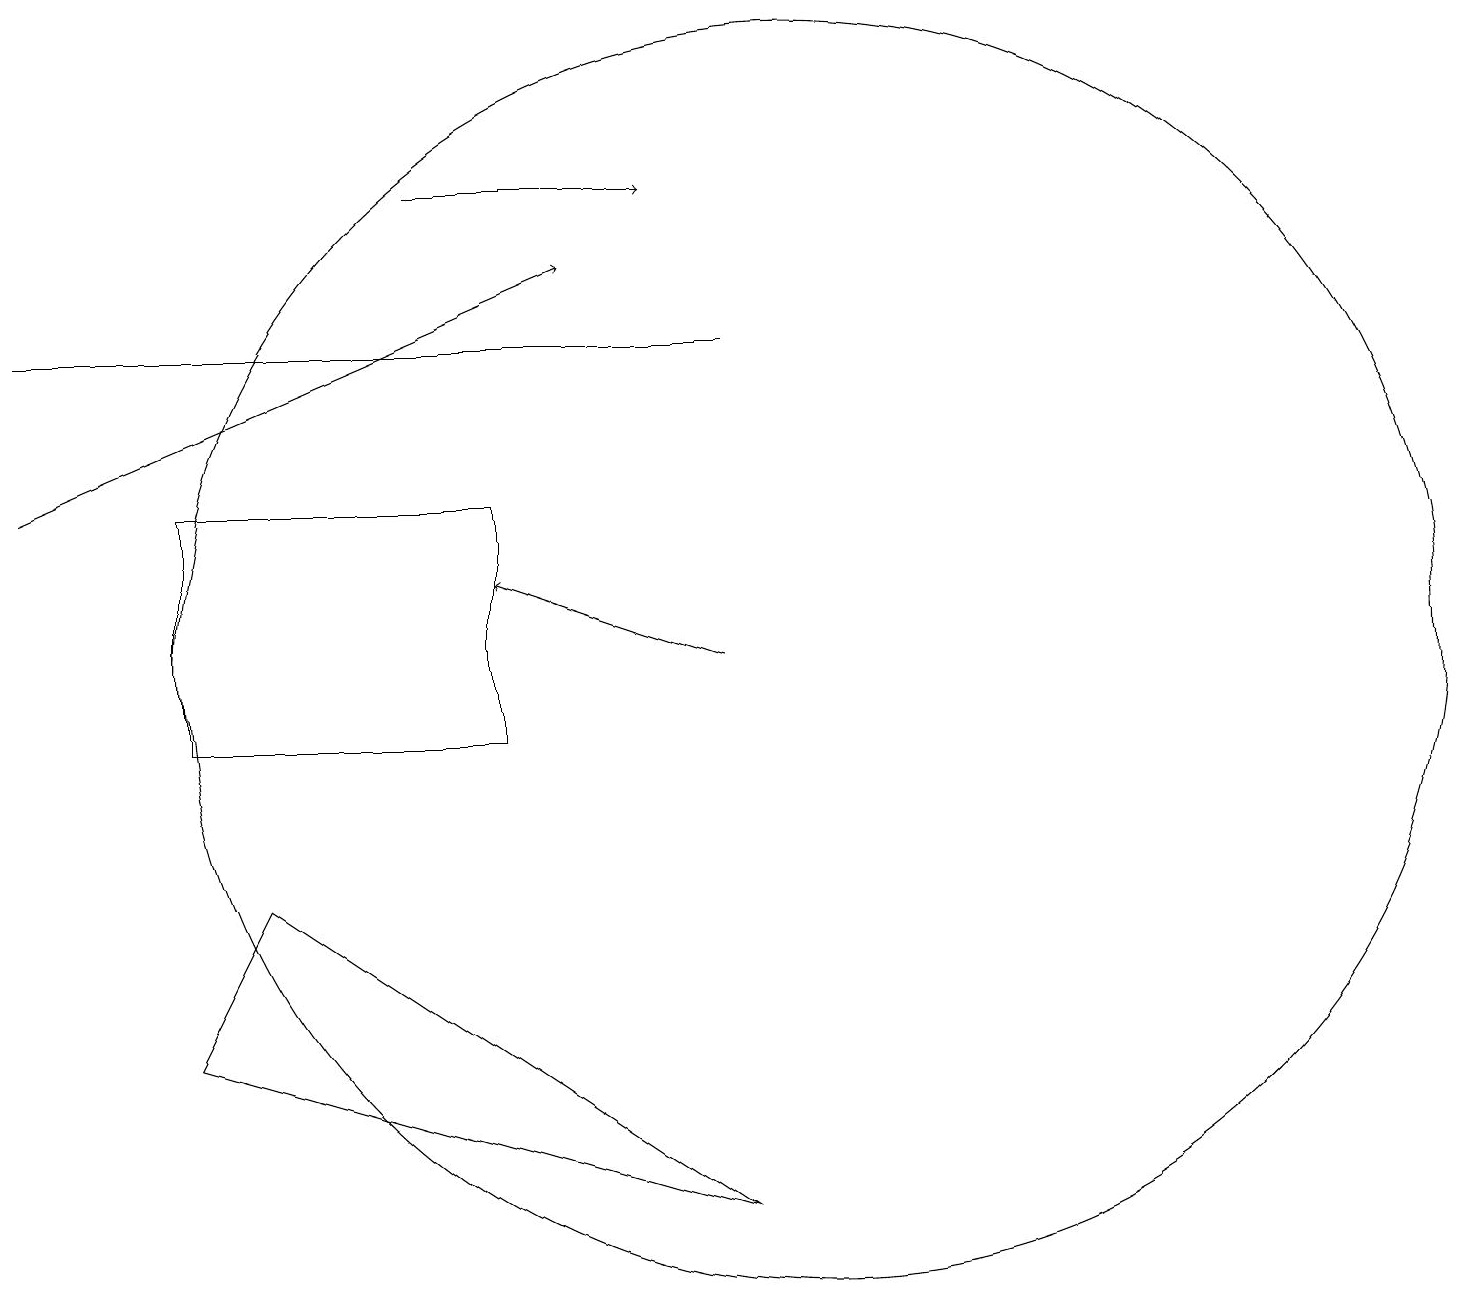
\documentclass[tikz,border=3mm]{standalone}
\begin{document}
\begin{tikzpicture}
\draw[->] (0,13) -- (7,16);
\draw[->] (5,17) -- (8,17);
\draw (2,10) rectangle (6,13);
\draw (10,11) circle (8);
\draw[->] (9,11) -- (6,12);
\draw (9,15) rectangle (0,15);
\draw (2,6) -- (9,4) -- (3,8) -- cycle;
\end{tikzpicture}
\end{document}